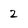
Character: Z